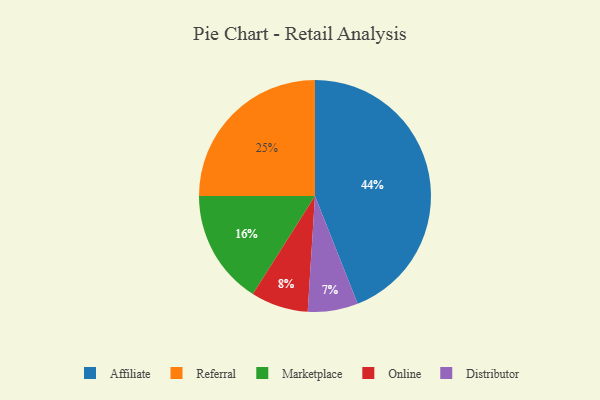
{"axis": {"x": "Category", "y": "Percentage"}, "legend": ["Affiliate", "Distributor", "Marketplace", "Online", "Referral"], "data": [{"x": "Online", "y": 8, "type": "Online"}, {"x": "Referral", "y": 25, "type": "Referral"}, {"x": "Marketplace", "y": 16, "type": "Marketplace"}, {"x": "Affiliate", "y": 44, "type": "Affiliate"}, {"x": "Distributor", "y": 7, "type": "Distributor"}]}